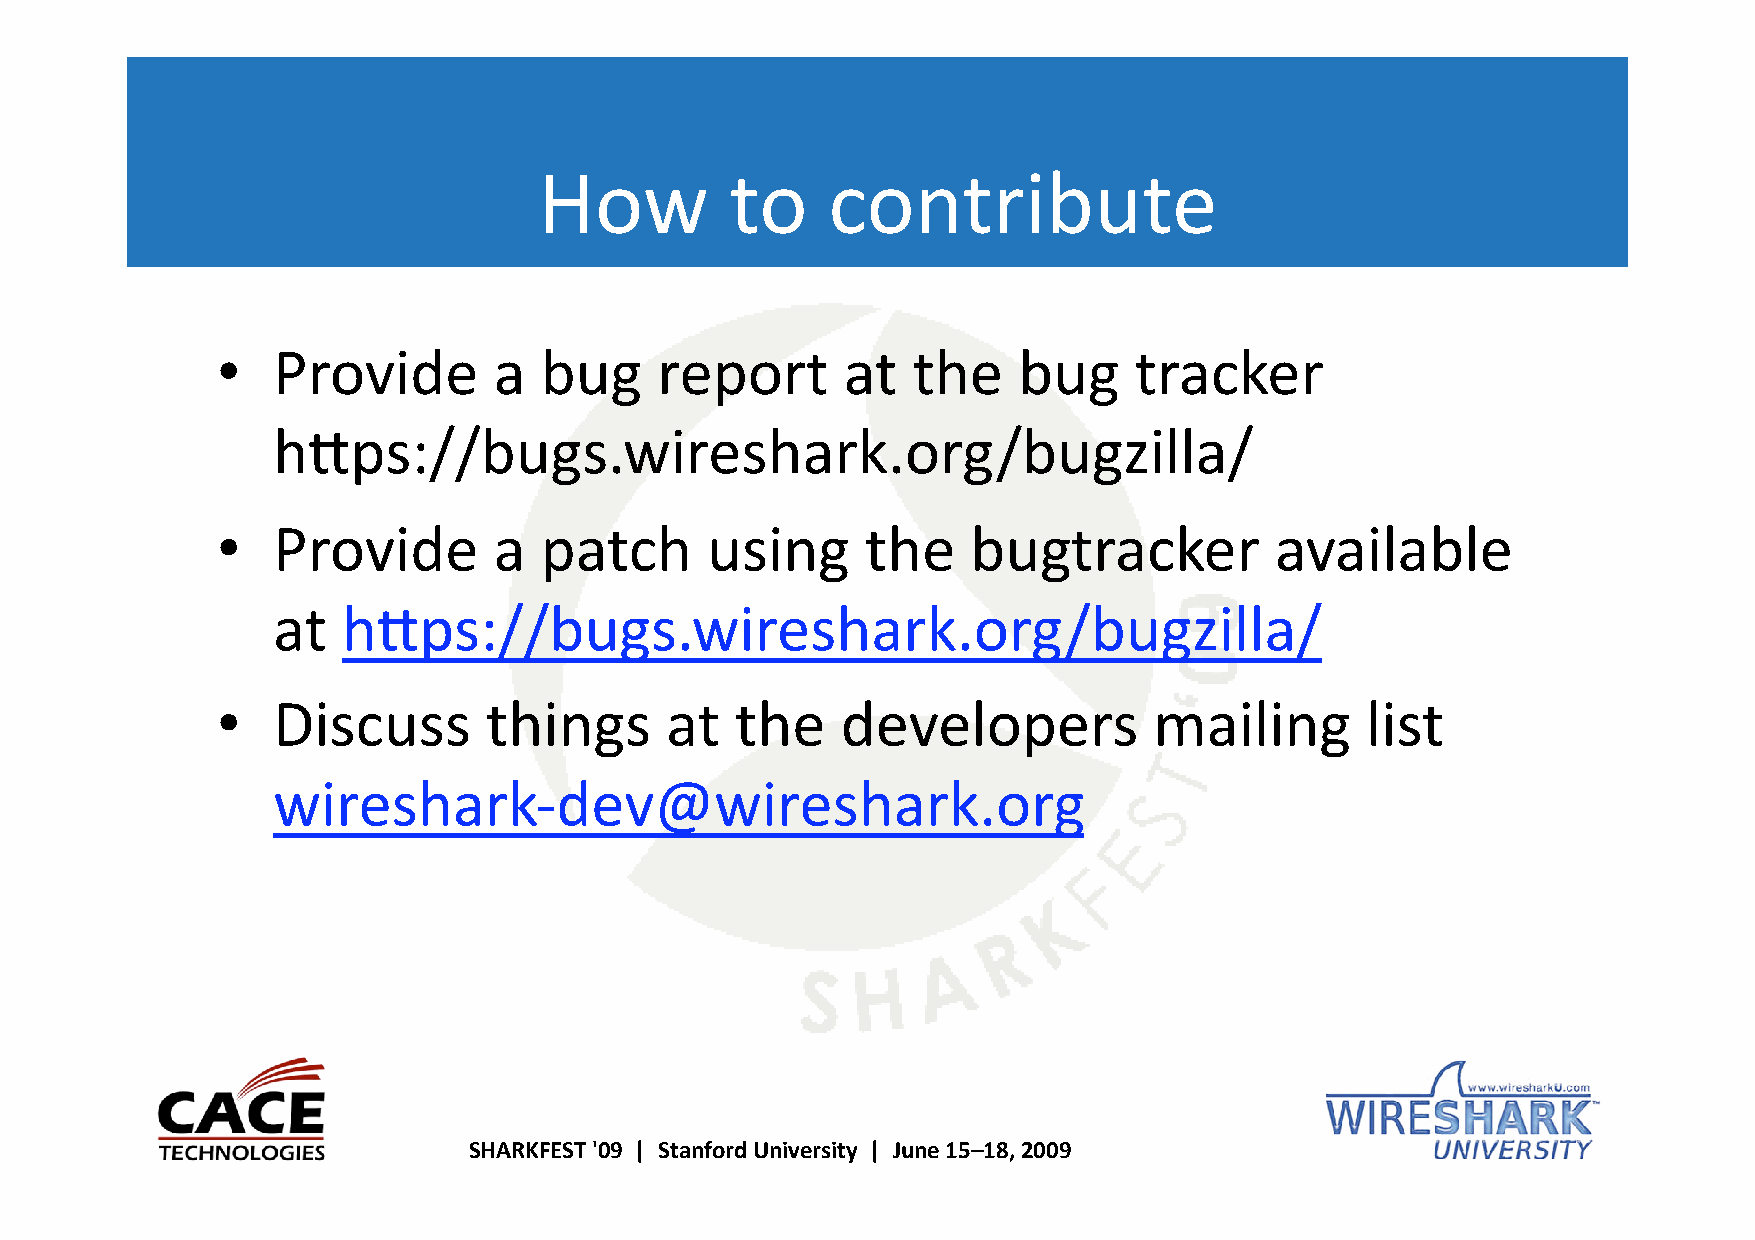
How         to     contribute
 •   Provide        a  bug    report       at  the    bug     tracker
 htps://bugs.wireshark.org/bugzilla/
 •   Provide        a  patch      using     the    bugtracker          available
 at   htps://bugs.wireshark.org/bugzilla/
 •   Discuss       things      at   the    developers          mailing       list
 wireshark‐dev@wireshark.org
 SHARKFEST '09 | Stanford University | June 15–18, 2009